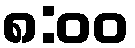
၈:၀၀